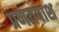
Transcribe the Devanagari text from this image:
प्रणयपाश